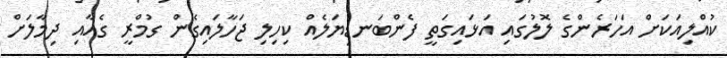
ކުއްލިއަކަށް އަހަރެންގެ ލޮލުގައި އަޅައިގަތީ ފެންބަނޑިޔަލެއް ކިހިލި ޖަހާލައިގެން ގުމްރީ ގެއާއި ދިމާލަށް